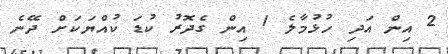
2 އިން އަދި ހުޅުމާލެ 1 އިން ގެދޮރު ކުޑަ ކުއްޔަކަށް ދޭނެ